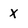
Character: x